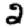
Digit: 2